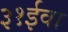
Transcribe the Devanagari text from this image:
३१ईवा